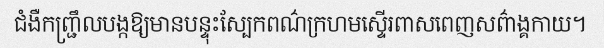
ជំងឺកញ្ជ្រឹលបង្កឱ្យមានបន្ទុះស្បែកពណ៌ក្រហមស្ទើរពាសពេញសព៌ាង្គកាយ។